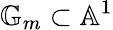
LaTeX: \mathbb{G}_{m}\subset\mathbb{A}^{1}